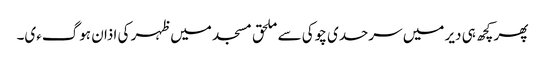
پھر کچھ ہی دیر میں سرحدی چوکی سے ملحق مسجد میں ظہر کی اذان ہوگءی۔